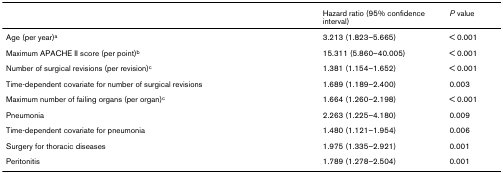
<table><thead><tr><td></td><td><b>Hazard ratio (95% confidence interval)</b></td><td><b><i>P </i>value</b></td></tr></thead><tbody><tr><td>Age (per year)<sup>a</sup></td><td>3.213 (1.823–5.665)</td><td>&lt; 0.001</td></tr><tr><td>Maximum APACHE II score (per point)<sup>b</sup></td><td>15.311 (5.860–40.005)</td><td>&lt; 0.001</td></tr><tr><td>Number of surgical revisions (per revision)<sup>c</sup></td><td>1.381 (1.154–1.652)</td><td>&lt; 0.001</td></tr><tr><td>Time-dependent covariate for number of surgical revisions</td><td>1.689 (1.189–2.400)</td><td>0.003</td></tr><tr><td>Maximum number of failing organs (per organ)<sup>c</sup></td><td>1.664 (1.260–2.198)</td><td>&lt; 0.001</td></tr><tr><td>Pneumonia</td><td>2.263 (1.225–4.180)</td><td>0.009</td></tr><tr><td>Time-dependent covariate for pneumonia</td><td>1.480 (1.121–1.954)</td><td>0.006</td></tr><tr><td>Surgery for thoracic diseases</td><td>1.975 (1.335–2.921)</td><td>0.001</td></tr><tr><td>Peritonitis</td><td>1.789 (1.278–2.504)</td><td>0.001</td></tr></tbody></table>